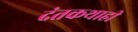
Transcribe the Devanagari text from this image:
दंतकथाही